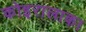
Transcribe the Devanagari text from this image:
कोइरालाका